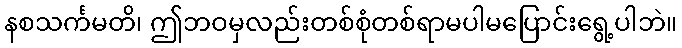
နစသင်္ကမတိ၊ ဤဘဝမှလည်းတစ်စုံတစ်ရာမပါမပြောင်းရွေ့ပါဘဲ။